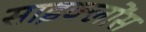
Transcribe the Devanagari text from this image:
साइक्लोंस